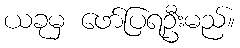
ယခုမှ ဖော်ပြရဦးမည်။